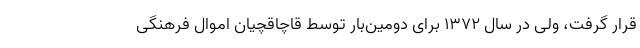
قرار گرفت، ولی در سال ۱۳۷۲ برای دومین‌بار توسط قاچاقچیان اموال فرهنگی